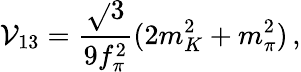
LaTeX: \mathcal{V}_{13}=\frac{{\sqrt{}{{3}}}}{{9f_{\pi}^{2}}}(2m_{K}^{2}+m_{\pi}^{2})\, ,